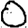
Digit: 0